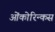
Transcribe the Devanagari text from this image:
ओंकोरिन्कस